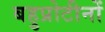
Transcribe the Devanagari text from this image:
बहुप्रोटीनों